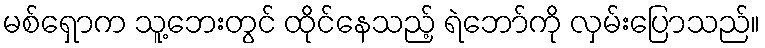
မစ်ရှောက သူ့ဘေးတွင် ထိုင်နေသည့် ရဲဘော်ကို လှမ်းပြောသည်။